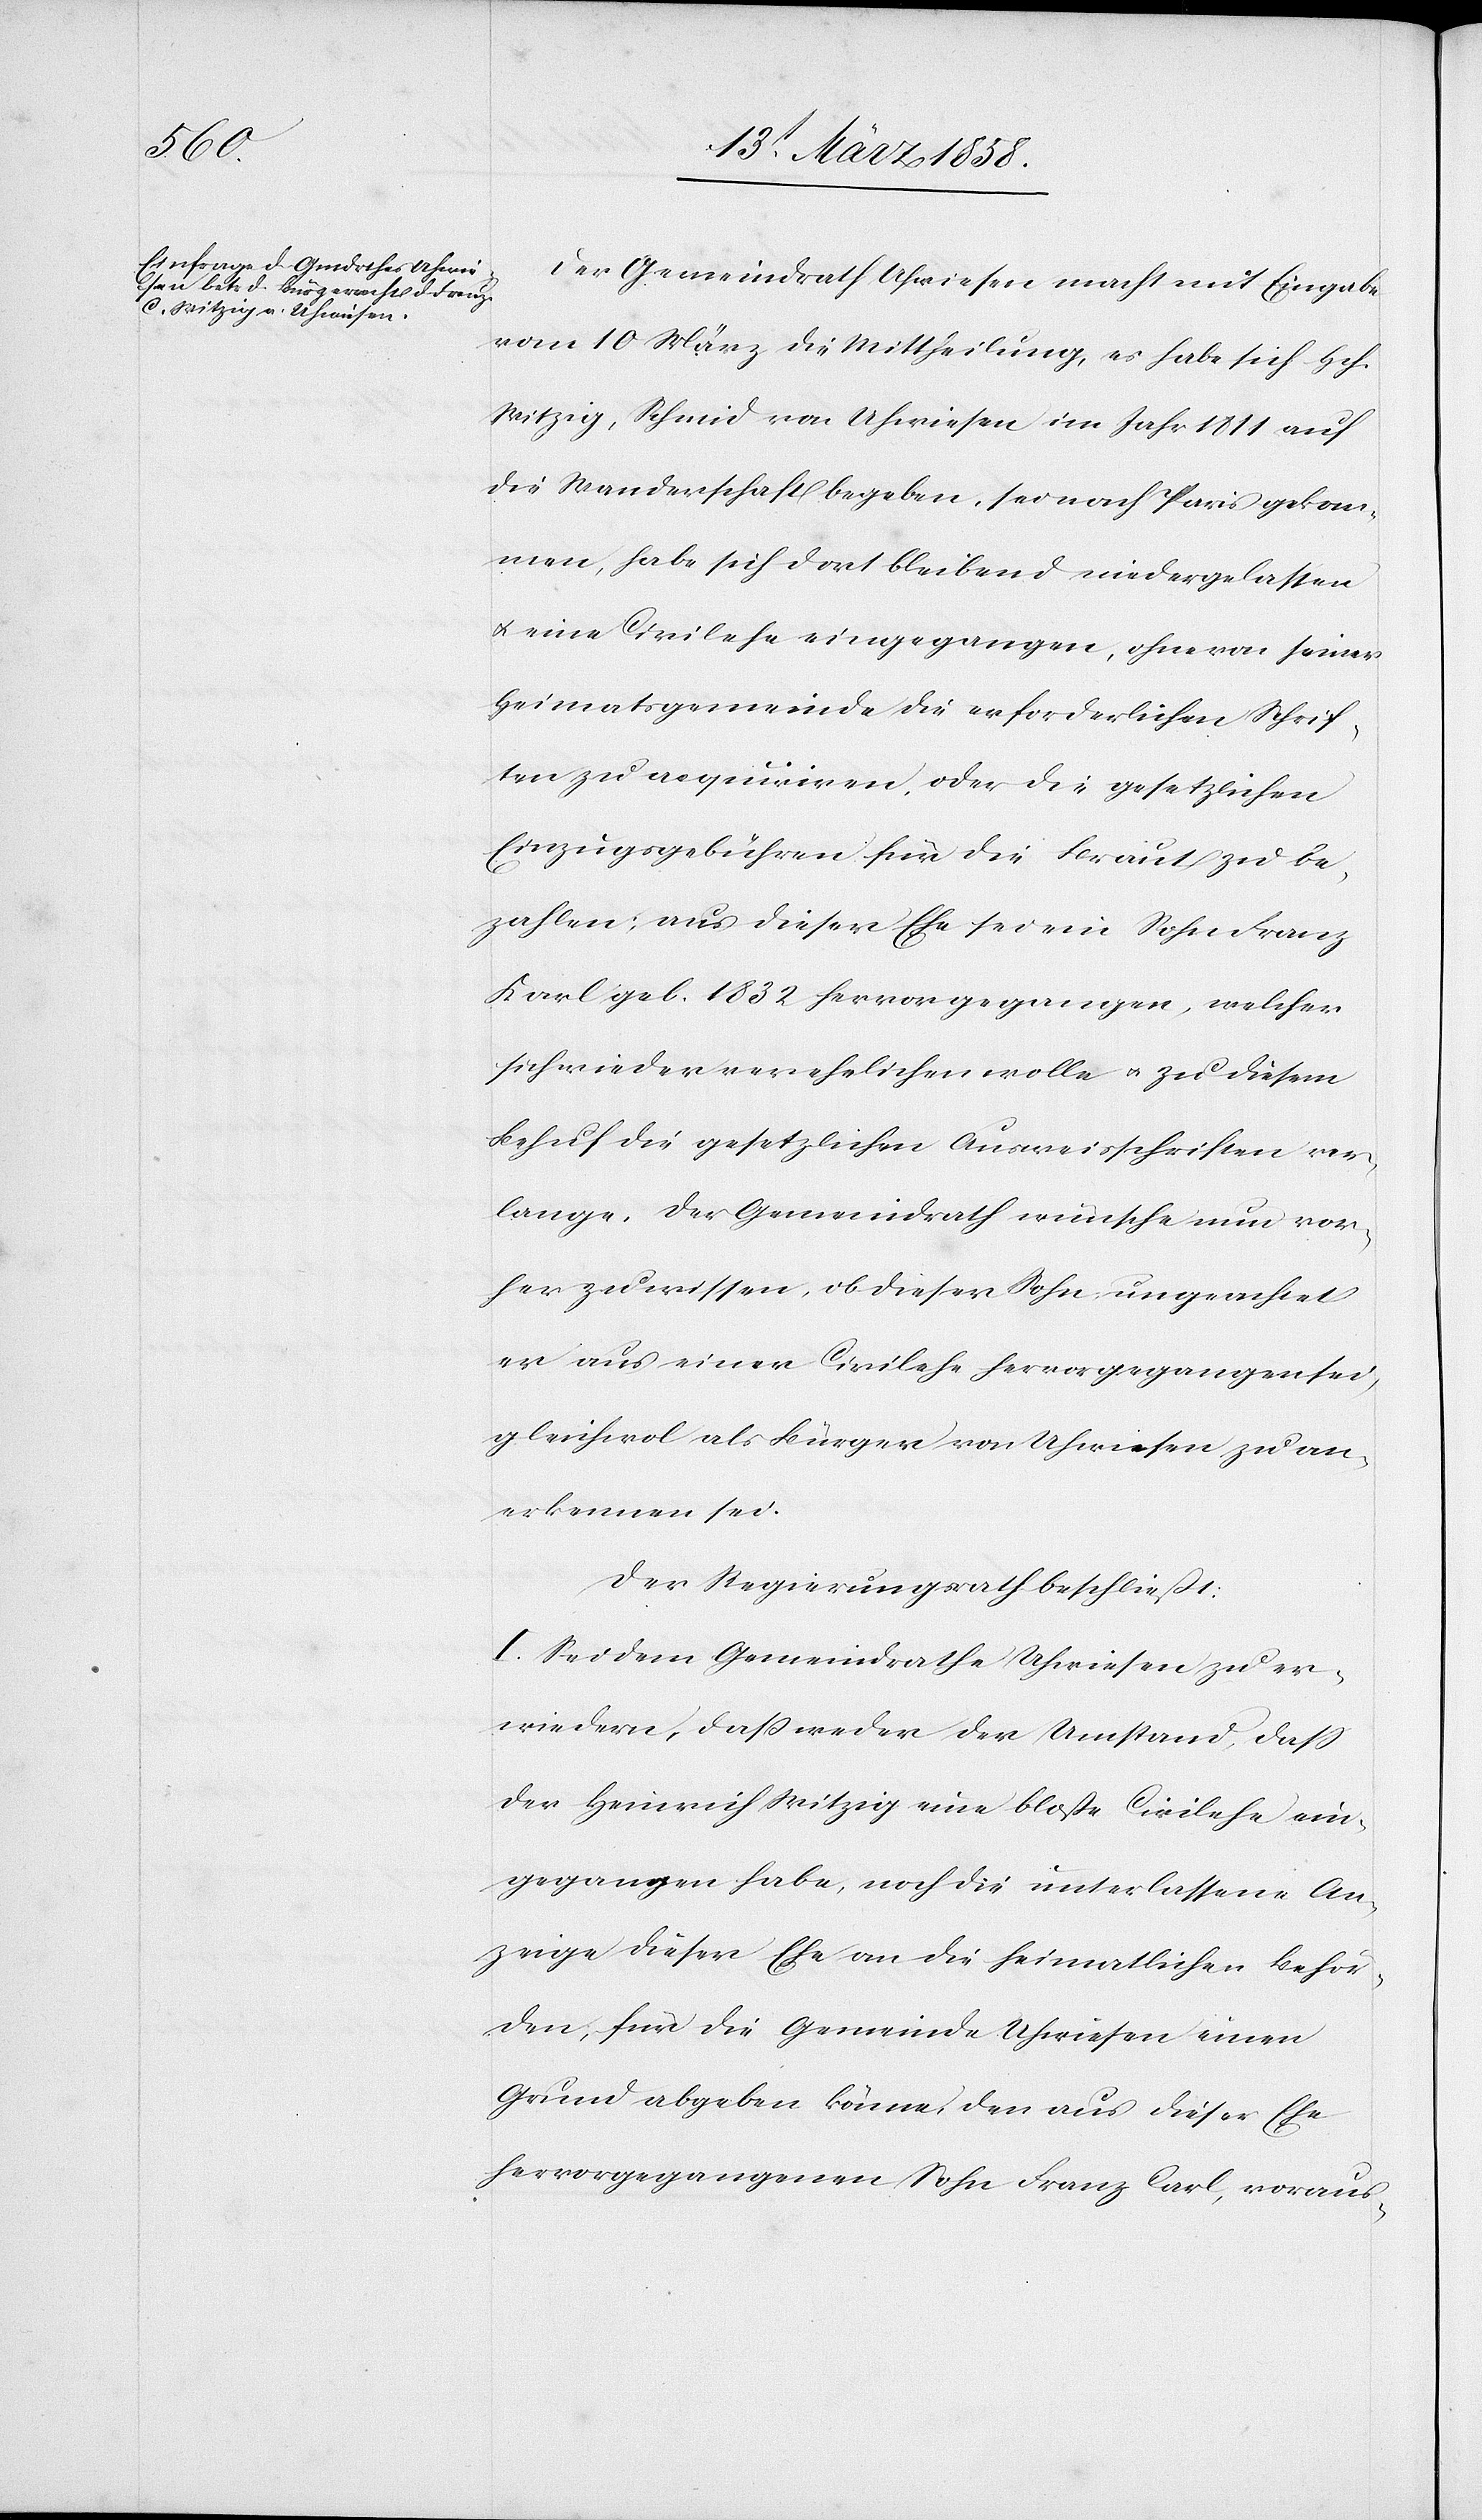
Der Gemeindrath Uhwiesen macht mit Eingabe
vom 10. März die Mittheilung, es habe sich Hch.
[sic!], Schmid von Uhwiesen im Jahr 1811 auf
die Wanderschaft begeben, sei nach Paris gekom¬
men, habe sich dort bleibend niedergelassen
u. eine Civilehe eingegangen, ohne von seiner
Heimatsgemeinde die erforderlichen Schrif¬
ten zu aequiriren, oder die gesetzlichen
Einzugsgebühren für die Braut zu be¬
zahlen; aus dieser Ehe sei ein Sohn Franz
[sic!] geb.1832 hervorgegangen, welcher
sich wieder verehelichen wolle u. zu diesem
Behuf die gesetzlichen Ausweisschriften ver¬
lange. Der Gemeindrath wünsche nun vor¬
her zu wissen, ob dieser Sohn umgeachtet
er aus einer Civilehe hervorgegangen sei,
gleichwol als Bürger von Uhwiesen zu an¬
erkennen sei.
Der Regierungsrath beschließt:
l. Sei dem Gemeindrathe Uhwiesen zu er¬
wiedern, daß weder der Umstand, daß
der Heinrich Witzig eine bloße Civilehe ein¬
gegangen habe, noch die unterlassene An¬
zeige dieser Ehe an die heimatlichen Behör¬
den, für die Gemeinde Uhwiesen einen
Grund abgeben könne, den aus dieser Ehe
hervorgegangenen Sohn Franz Carl, voraus-